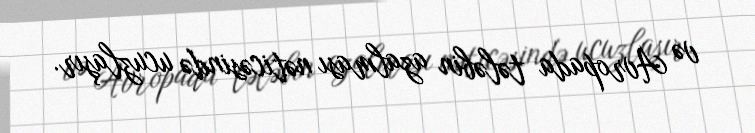
və Avropada tələbin azalması nəticəsində ucuzlaşır.